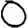
Digit: 0